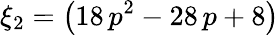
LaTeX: \xi_{2}=\left(18\, p^{2}-28\, p+8\right)